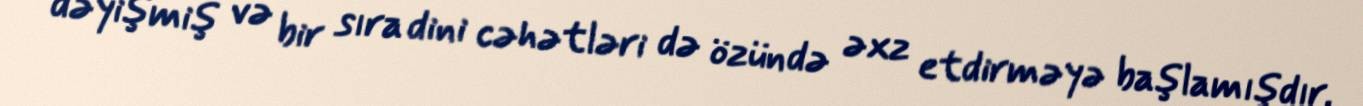
dəyişmiş və bir sıra dini cəhətləri də özündə əxz etdirməyə başlamışdır.